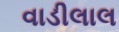
વાડીલાલ